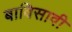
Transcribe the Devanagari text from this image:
बाविसावी